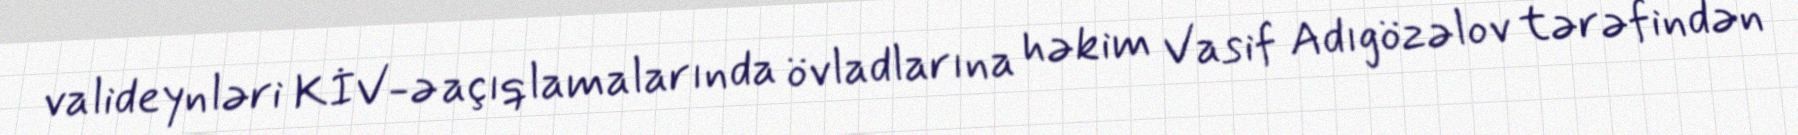
valideynləri KİV-ə açıqlamalarında övladlarına həkim Vasif Adıgözəlov tərəfindən